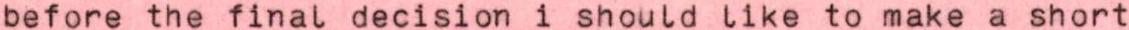
before the final decision i should like to make a short